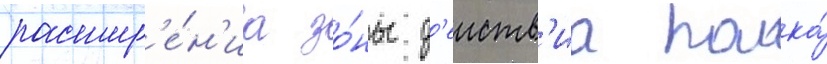
расшир'е́н'иа зо́ны д'еиств'иа полка́